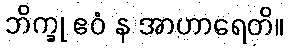
ဘိက္ခု ဧဝံ န အာဟာရေတိ။